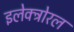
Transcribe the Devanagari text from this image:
इलेक्ट्रोरल